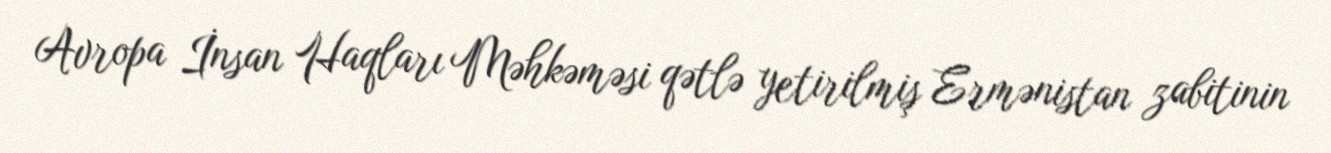
Avropa İnsan Haqları Məhkəməsi qətlə yetirilmiş Ermənistan zabitinin